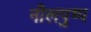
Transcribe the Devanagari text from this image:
नीलपुष्प